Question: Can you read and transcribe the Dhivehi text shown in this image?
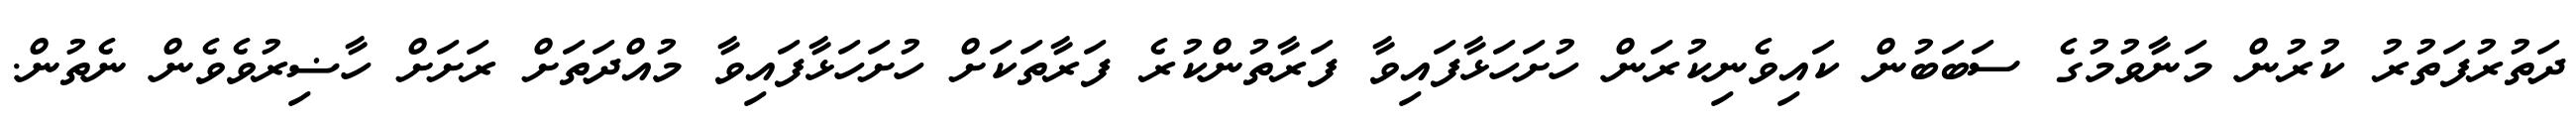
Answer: ދަތުރުފަތުރު ކުރުން މަނާވުމުގެ ސަބަބުން ކައިވެނިކުރަން ހުށަހަޅާފައިވާ ފަރާތުންކުރެ ފަރާތަކަށް ހުށަހަޅާފައިވާ މުއްދަތަށް ރަށަށް ހާޟިރުވެވެން ނެތުން.